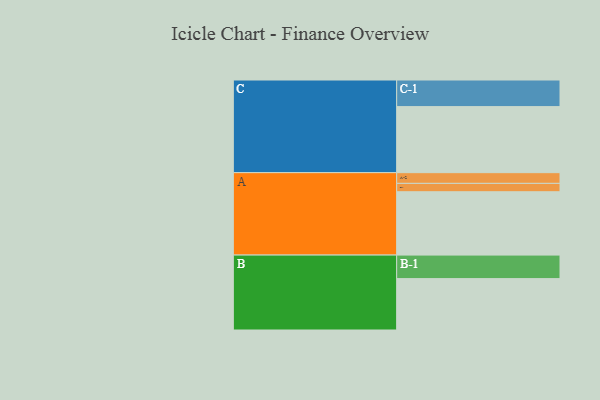
{"axis": {"x": "Segment", "y": "Value"}, "legend": ["", "A", "B", "C"], "data": [{"x": "A", "y": 514, "type": ""}, {"x": "B", "y": 417, "type": ""}, {"x": "C", "y": 536, "type": ""}, {"x": "A-1", "y": 68, "type": "A"}, {"x": "A-2", "y": 87, "type": "A"}, {"x": "B-1", "y": 191, "type": "B"}, {"x": "C-1", "y": 216, "type": "C"}]}